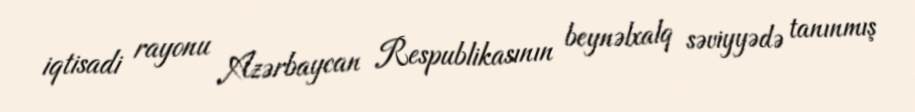
iqtisadi rayonu Azərbaycan Respublikasının beynəlxalq səviyyədə tanınmış